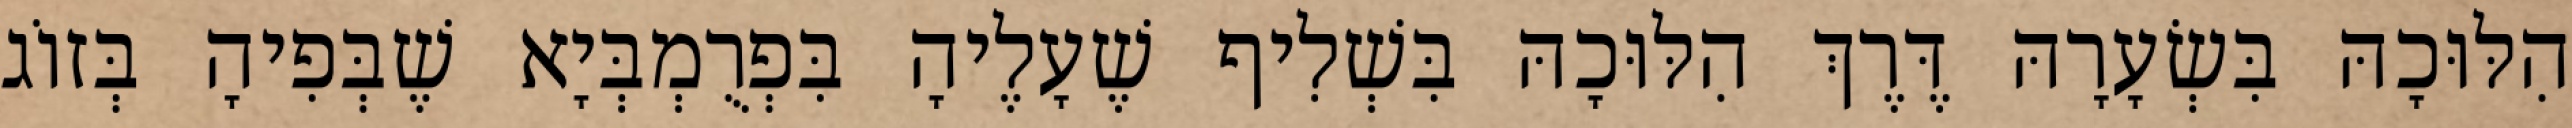
הִלּוּכָהּ בִּשְׂעָרָהּ דֶּרֶךְ הִלּוּכָהּ בִּשְׁלִיף שֶׁעָלֶיהָ בִּפְרֻמְבְּיָא שֶׁבְּפִיהָ בְּזוֹג